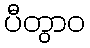
ပီတွာဝ